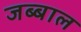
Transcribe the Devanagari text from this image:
जब्बाल